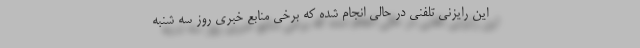
این رایزنی تلفنی در حالی انجام شده که برخی منابع خبری روز سه شنبه